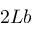
2 L b